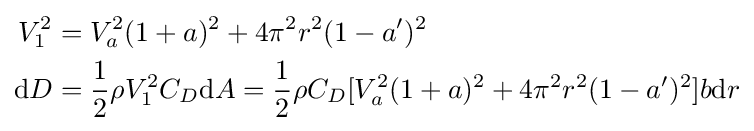
{\begin{aligned}V_{1}^{2}&=V_{a}^{2}(1+a)^{2}+4\pi ^{2}r^{2}(1-a')^{2}\\{\mbox{d}}D&={\frac {1}{2}}\rho V_{1}^{2}C_{D}{\mbox{d}}A={\frac {1}{2}}\rho C_{D}[V_{a}^{2}(1+a)^{2}+4\pi ^{2}r^{2}(1-a')^{2}]b{\mbox{d}}r\end{aligned}}